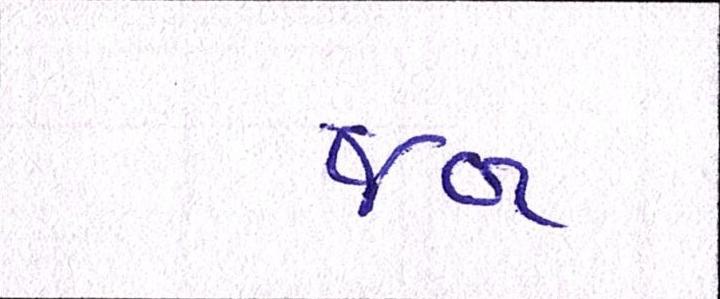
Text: જબ